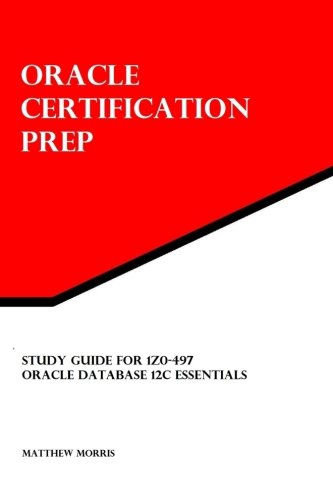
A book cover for Study Guide for 1Z0-497: Oracle Database 12c Essentials: Oracle Certification Prep; Matthew Morris; Computers & Technology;